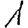
Digit: 1